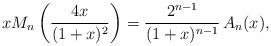
LaTeX: \begin{align*} x M_n\left( {4 x \over (1+x)^2} \right) = {2^{n-1} \over (1+x)^{n-1}} \,A_n(x),\end{align*}